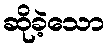
ဆိုခဲ့သော